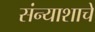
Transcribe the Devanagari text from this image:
संन्याशाचे